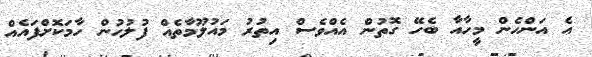
އެ އަންހެން މީހާއާ ބެހޭ ގޮތުން އެއްވެސް އިތުރު މައުލޫމާތެއް ފުލުހުން ހާމަކޮށްފައެއް